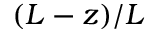
( L - z ) / L